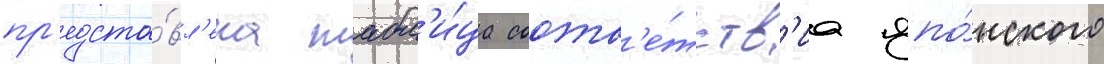
пр'едста́вл'ена табл'и́ца соотв'е́тств'иа япо́нского